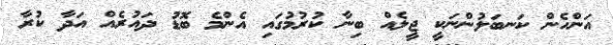
އަންހެން ކަނބަލުންނަކީ ޖީލެއް ބިނާ ކުރުމުގައި އެންމެ ބޮޑު ދައުރެއް އަދާ ކުރާ